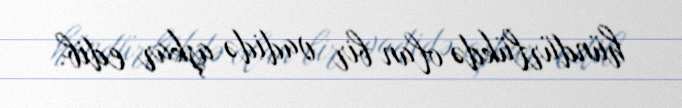
hündürlükdə olan bir vadidə aşkar edib.